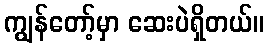
ကျွန်တော့်မှာ ဆေးပဲရှိတယ်။